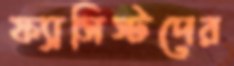
ফ্যাসিস্টদের